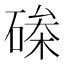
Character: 𮀵